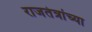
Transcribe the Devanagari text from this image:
राजतंत्रांच्या